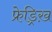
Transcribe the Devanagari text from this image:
फ्रेड्रिख़